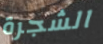
الشجرة